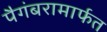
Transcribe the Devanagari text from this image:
पैगंबरामार्फत